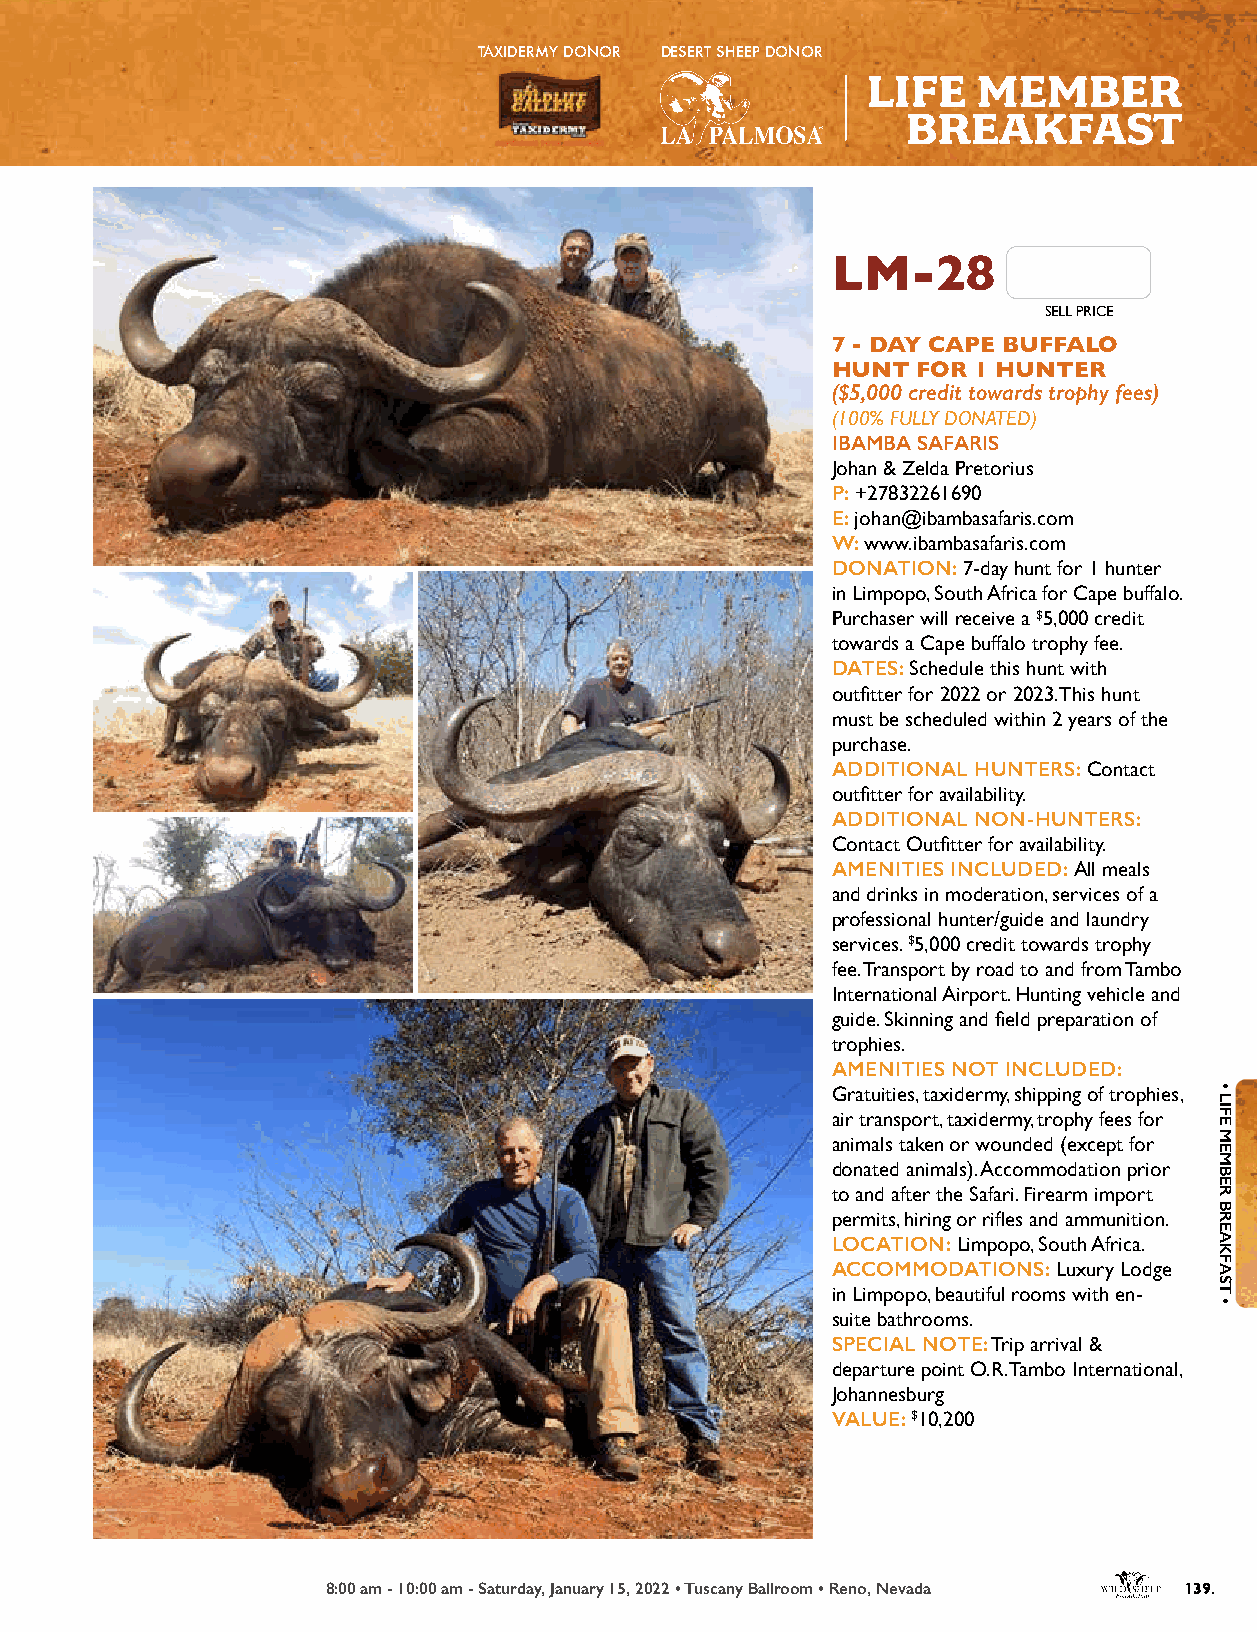
TAXIDERMY DONOR DESERT SHEEP DONOR
 LIFE    MEMBER
 BREAKFAST
 BBEEVVEERRAAGGEE SSPPOONNSSOORR
 LM-28
 SELL PRICE
 7 - DAY CAPE BUFFALO
 HUNT  FOR 1 HUNTER
 ($5,000 credit towards trophy fees)
 (100% FULLY DONATED)
 IBAMBA SAFARIS
 Johan & Zelda Pretorius
 P: +27832261690
 E: johan@ibambasafaris.com
 W: www.ibambasafaris.com
 DONATION: 7-day hunt for 1 hunter
 in Limpopo, South Africa for Cape buffalo.
 Purchaser will receive a $5,000 credit
 towards a Cape buffalo trophy fee.
 DATES: Schedule this hunt with
 outfitter for 2022 or 2023. This hunt
 must be scheduled within 2 years of the
 purchase.
 ADDITIONAL HUNTERS: Contact
 outfitter for availability.
 ADDITIONAL NON-HUNTERS:
 Contact Outfitter for availability.
 AMENITIES INCLUDED: All meals
 and drinks in moderation, services of a
 professional hunter/guide and laundry
 services. $5,000 credit towards trophy
 fee. Transport by road to and from Tambo
 International Airport. Hunting vehicle and
 guide. Skinning and field preparation of
 trophies.
 AMENITIES NOT INCLUDED:
 Gratuities, taxidermy, shipping of trophies,
 air transport, taxidermy, trophy fees for
 animals taken or wounded (except for
 donated animals). Accommodation prior
 to and after the Safari. Firearm import
 permits, hiring or rifles and ammunition.
 LOCATION: Limpopo, South Africa.
 ACCOMMODATIONS: Luxury Lodge
 in Limpopo, beautiful rooms with en-
 suite bathrooms.
 SPECIAL NOTE: Trip arrival &
 departure point O.R. Tambo International,
 Johannesburg
 VALUE: $10,200
 8:00 am - 10:00 am - Saturday, January 15, 2022 • Tuscany Ballroom • Reno, Nevada 139.
 •
 LIFE
 MEMBER
 BREAKFAST
 •